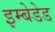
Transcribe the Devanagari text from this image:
इम्बेडेड